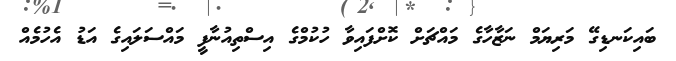
ބައިކަނޑިގޭ މަރިޔަމް ނަޒާހާގެ މައްޗަށް ކޮށްފައިވާ ހުކުމްގެ އިސްތިއުނާފީ މައްސަލައިގެ އަޑު އެހުމެއް